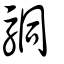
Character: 駧